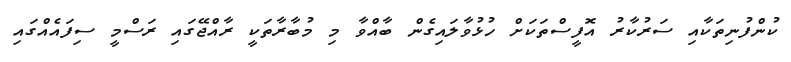
ކުންފުނިތަކާއި ސަރުކާރު އޮފީސްތަކަށް ހުޅުވާލައިގެން ބާއްވާ މި މުބާރާތަކީ ރާއްޖޭގައި ރަސްމީ ސިފައެއްގައި